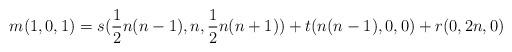
LaTeX: \begin{align*}m(1, 0, 1)=s(\frac{1}{2}n(n-1),n,\frac{1}{2}n(n+1))+t(n(n-1),0,0)+r(0,2n,0)\end{align*}